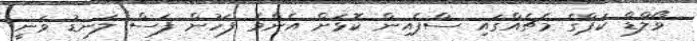
ވޯލްޑް ކަޕްގެ މެޗެއްގައި ސްޕެއިން ކޮޅަށް އެންމެ ފަހުން ފަސް ލަނޑު ވަނީ